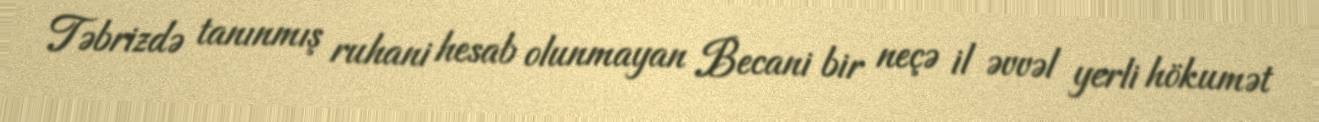
Təbrizdə tanınmış ruhani hesab olunmayan Becani bir neçə il əvvəl yerli hökumət